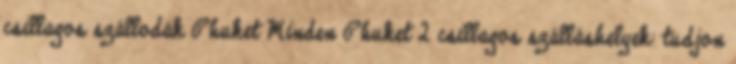
csillagos szállodák Phuket Minden Phuket 2 csillagos szálláshelyek: tudjon